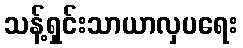
သန့်ရှင်းသာယာလှပရေး